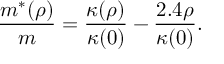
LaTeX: \frac { m ^ { * } ( \rho ) } { m } = \frac { \kappa ( \rho ) } { \kappa ( 0 ) } - \frac { 2 . 4 \rho } { \kappa ( 0 ) } .